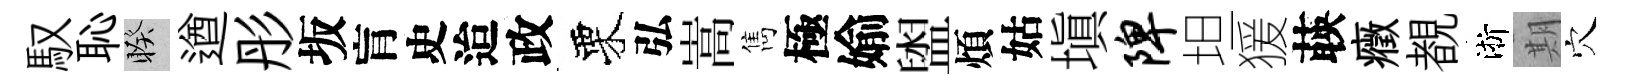
馭恥睽遒彤坂肓史迨政栗弘嵩雋極媮盥煩姑塡陴坦猨𦴤癥覩淅期穴